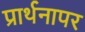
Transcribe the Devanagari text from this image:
प्रार्थनापर